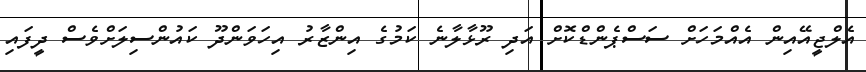
އެލްޖީއޭއިން އެއްމަހަށް ސަސްޕެންޑްކޮށް އަދި ރޫޅާލާނެ ކަމުގެ އިންޒާރު އިހަވަންދޫ ކައުންސިލަށްވެސް ދީފައި